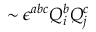
\sim \epsilon ^ { a b c } Q _ { i } ^ { b } Q _ { j } ^ { c }